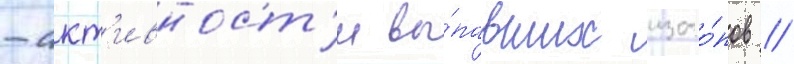
-акт'ивност'и вы́павших изото́пов //